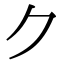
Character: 𠂊